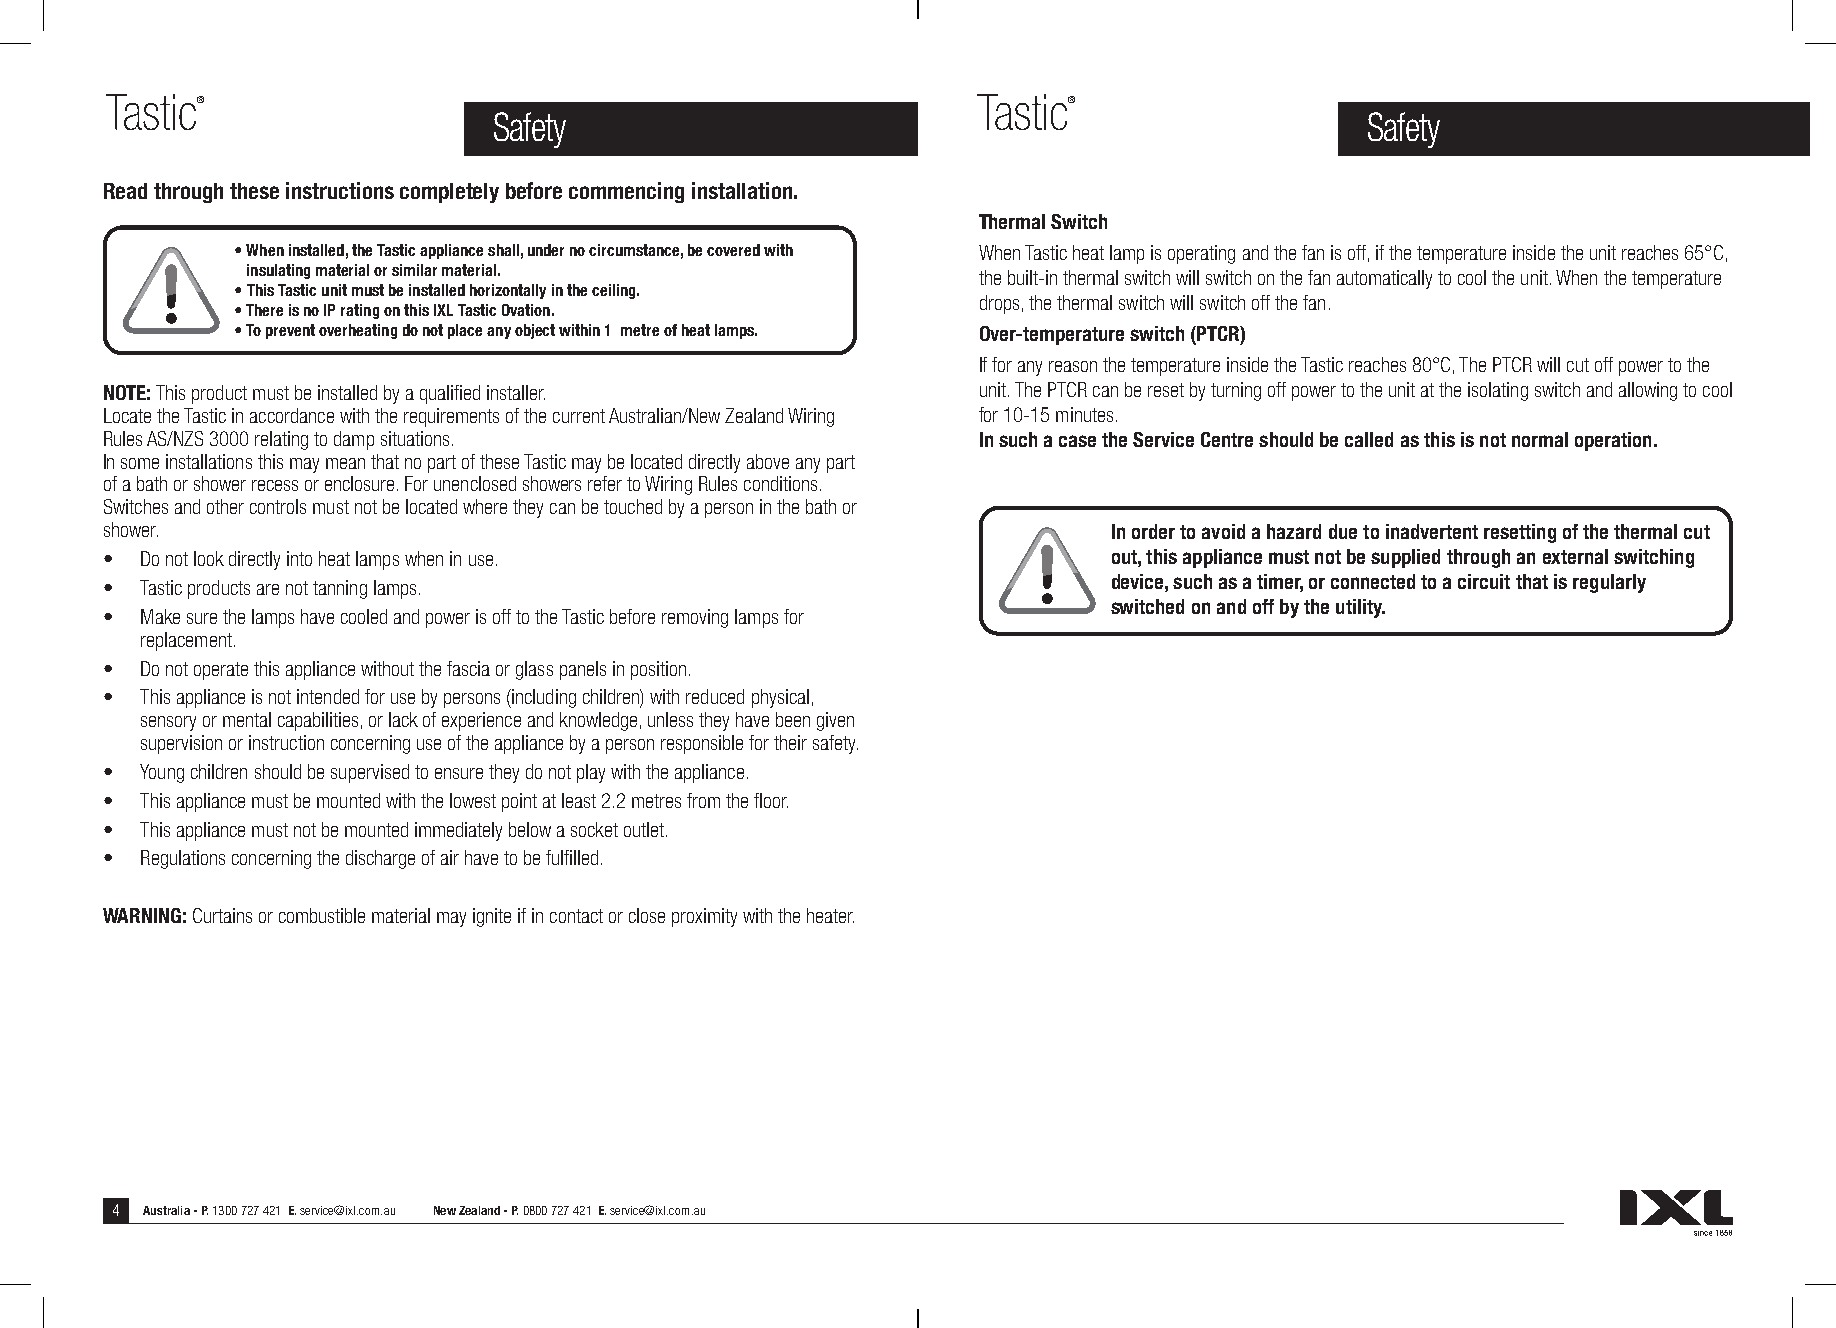
Tastic®                                                   Tastic®
 Safety                                                    Safety
 Read through these instructions completely before commencing installation.
 Thermal Switch
 • When installed, the Tastic appliance shall, under no circumstance, be covered with When Tastic heat lamp is operating and the fan is off, if the temperature inside the unit reaches 65°C,
 insulating material or similar material.         the built-in thermal switch will switch on the fan automatically to cool the unit. When the temperature
 • This Tastic unit must be installed horizontally in the ceiling.
 drops, the thermal switch will switch off the fan.
 • There is no IP rating on this IXL Tastic Ovation.
 • To prevent overheating do not place any object within 1 metre of heat lamps. Over-temperature switch (PTCR)
 If for any reason the temperature inside the Tastic reaches 80°C, The PTCR will cut off power to the
 NOTE: This product must be installed by a qualified installer. unit. The PTCR can be reset by turning off power to the unit at the isolating switch and allowing to cool
 Locate the Tastic in accordance with the requirements of the current Australian/New Zealand Wiring for 10-15 minutes.
 Rules AS/NZS 3000 relating to damp situations.            In such a case the Service Centre should be called as this is not normal operation.
 In some installations this may mean that no part of these Tastic may be located directly above any part
 of a bath or shower recess or enclosure. For unenclosed showers refer to Wiring Rules conditions.
 Switches and other controls must not be located where they can be touched by a person in the bath or
 shower.                                                            In order to avoid a hazard due to inadvertent resetting of the thermal cut
 • Do not look directly into heat lamps when in use.                out, this appliance must not be supplied through an external switching
 • Tastic products are not tanning lamps.                           device, such as a timer, or connected to a circuit that is regularly
 switched on and off by the utility.
 • Make sure the lamps have cooled and power is off to the Tastic before removing lamps for
 replacement.
 • Do not operate this appliance without the fascia or glass panels in position.
 • This appliance is not intended for use by persons (including children) with reduced physical,
 sensory or mental capabilities, or lack of experience and knowledge, unless they have been given
 supervision or instruction concerning use of the appliance by a person responsible for their safety.
 • Young children should be supervised to ensure they do not play with the appliance.
 • This appliance must be mounted with the lowest point at least 2.2 metres from the floor.
 • This appliance must not be mounted immediately below a socket outlet.
 • Regulations concerning the discharge of air have to be fulfilled.
 WARNING: Curtains or combustible material may ignite if in contact or close proximity with the heater.
 4 Australia - P. 1300 727 421 E. service@ixl.com.au New Zealand - P. 0800 727 421 E. service@ixl.com.au